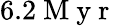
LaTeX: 6.2\mathrm{~M~y~r~}